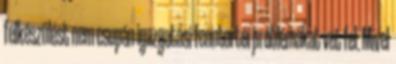
felkészülést nem csupán igazgatási fenntartói problémákat vet fel. Mivel